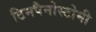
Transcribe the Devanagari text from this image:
टिमपैनोस्टोमी